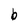
Character: b